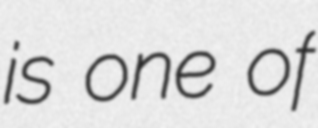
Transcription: is one of